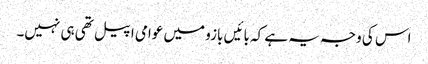
اس کی وجہ یہ ہے کہ بائیں بازو میں عوامی اپیل تھی ہی نہیں۔